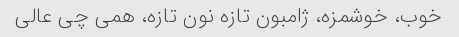
خوب، خوشمزه، ژامبون تازه نون تازه، همی چی عالی